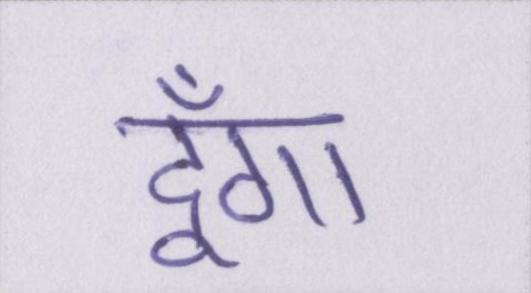
दूँगा